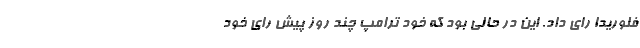
فلوریدا رای داد. این در حالی بود که خود ترامپ چند روز پیش رای خود